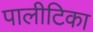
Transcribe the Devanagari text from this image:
पालीटिका